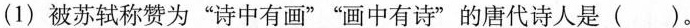
(1) 被苏轼称赞为”诗中有画””画中有诗”的唐代诗人是（）。